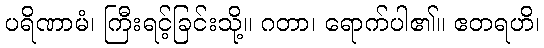
ပရိဏာမံ၊ ကြီးရင့်ခြင်းသို့။ ဂတာ၊ ရောက်ပါ၏။ ဧတရဟိ၊